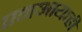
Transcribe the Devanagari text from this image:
एनआयव्ही